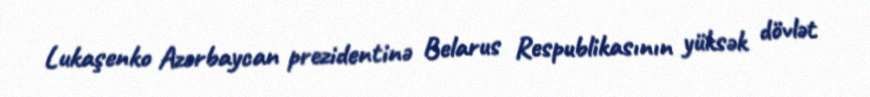
Lukaşenko Azərbaycan prezidentinə Belarus Respublikasının yüksək dövlət